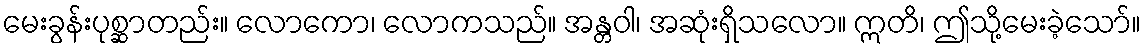
မေးခွန်းပုစ္ဆာတည်း။ လောကော၊ လောကသည်။ အန္တဝါ၊ အဆုံးရှိသလော။ ဣတိ၊ ဤသို့မေးခဲ့သော်။